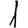
Digit: 1